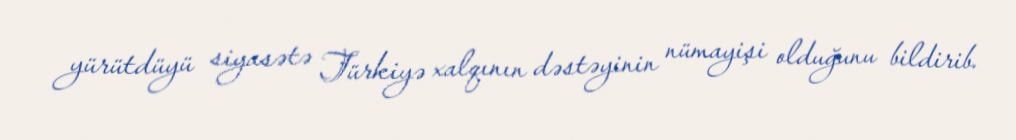
yürütdüyü siyasətə Türkiyə xalqının dəstəyinin nümayişi olduğunu bildirib.